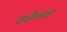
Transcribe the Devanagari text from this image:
सर्वोल्लास